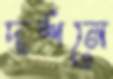
দর্শনে